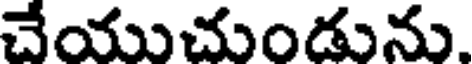
చేయుచుండును.